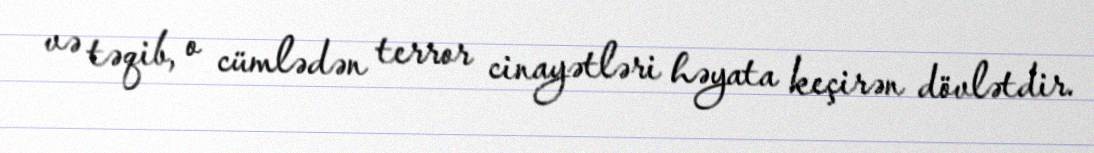
və təqib, o cümlədən terror cinayətləri həyata keçirən dövlətdir.